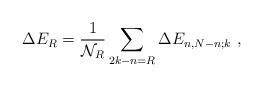
LaTeX: \begin{align*}\Delta E_{R}=\frac{1}{\mathcal{N}_R}\sum_{2k-n=R}\Delta E_{n,N-n;k}\ , \end{align*}